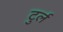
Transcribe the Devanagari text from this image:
टुर्ल